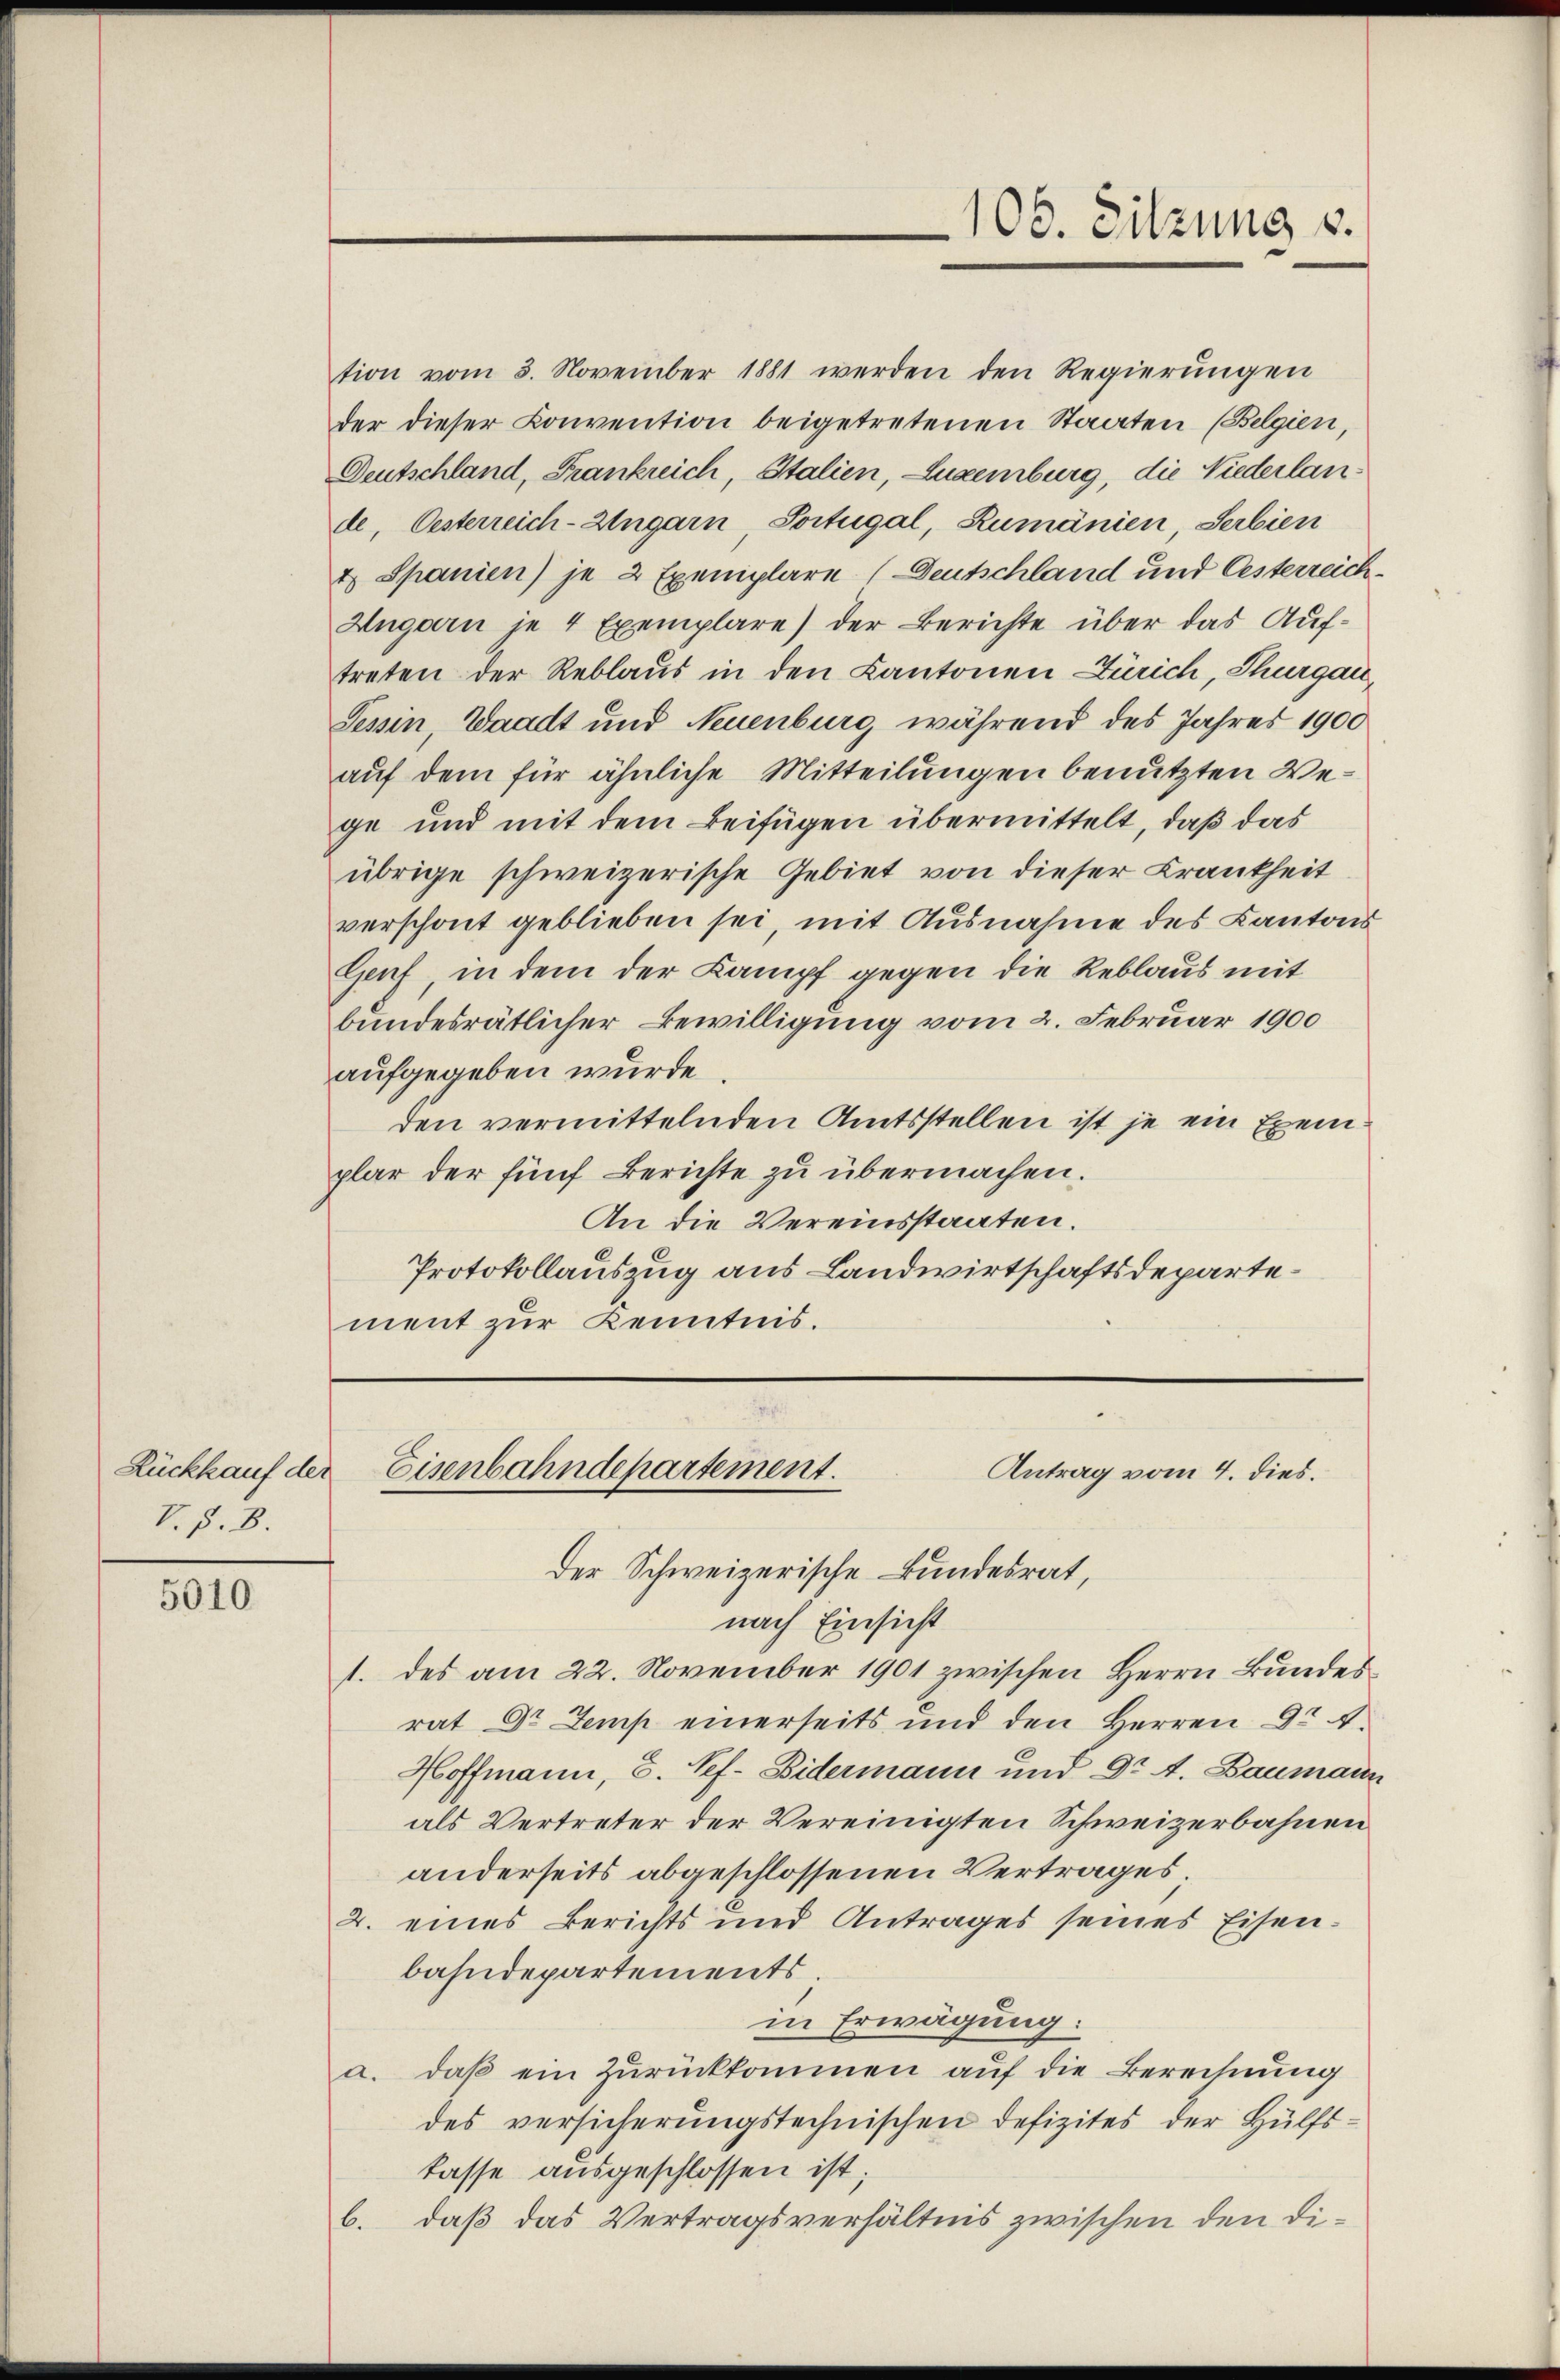
Rückkauf der
V. §. 8.

5010

tion vom 3. November 1881 werden den Regierŭngen
der dieser Convention beigetretenen Staaten (Belgien,
Deutschland, Frankreich, Italien, Luxenburg, die Niederlan
de, Oesterreich-Ungarn, Portugal, Rumänien, Serbien
& Spanien) je 2 Exemplare (Deutschland und Oesterreich¬
Augarn je 4 Exemplare) der Berichte über das Auftreten der Reblaus in den Kantonen Zürich, Thurgau
Tessin, Waadt und Neuenburg während des Jahres 1900
auf dem für ähnliche Mitteilungen benutzten Vege und mit dem Beifügen übermittelt, daß das
übrige schweizerische Gebiet von dieser Krankheit
verschont geblieben sei, mit Ausnahme des Kantons
Genf, in dem der Kampf gegen die Reblaus mit
bundesrätlicher Bewilligung vom 2. Februar 1900
aufgegeben wurde.
den vermittelnden Amtsstellen ist je ein Exemplar der fünf Berichte zu übermachen.
An die Vereinsstaaten.
Protokollauszug aus Landwirtschaftsdepartement zur Kenntnis.

100. Sitzung v.

Eisenbahndepartement.
Antrag vom 4. dies.
der Schweizerische Bundesrat,

nach Einsicht
1. des am 22. November 1901 zwischen Herrn Bundes
rat Dr Temp einerseits und den Herren Dr A.
Hoffmann, S. Pef. Didermann und Dr A. Baumann
als Vertreter der Vereinigten Schweizerbahnen
anderseits abgeschlossenen Vertrages.
2. eines Berichts und Antrages seines Eisenbahndepartements.
in Erwägung:
a. daβ ein Zŭrückkommen auf die Berechnung
des versicherungstechnischen Defizites der Hülfskasse ausgeschlossen ist;
b. daß das Vertragsverhältnis zwischen den Di¬